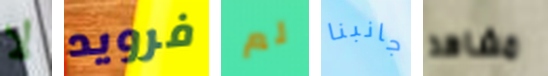
لا فرويد لم جانبنا مشاهد